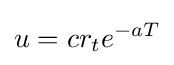
u=cr_{t}e^{-aT}